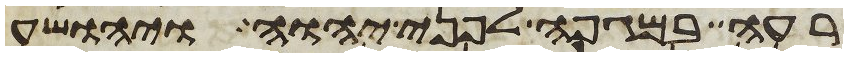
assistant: רעה במגפה לפני יהוה ויהושע